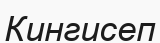
Кингисеп